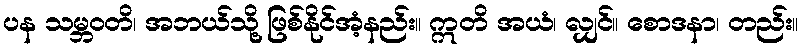
ပန သမ္ဘဝတိ၊ အဘယ်သို့ ဖြစ်နိုင်အံ့နည်း။ ဣတိ အယံ၊ လျှင်။ စောဒနာ၊ တည်း။